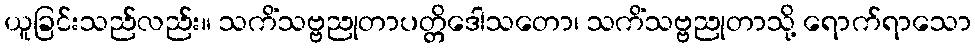
ယူခြင်းသည်လည်း။ သကိံသဗ္ဗညုတာပတ္တိဒေါသတော၊ သကိံသဗ္ဗညုတာသို့ ရောက်ရာသော